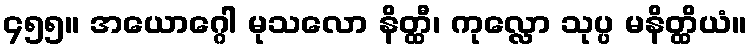
၄၅၅။ အယောဂ္ဂေါ မုသလော နိတ္ထီ၊ ကုလ္လော သုပ္ပ မနိတ္ထိယံ။